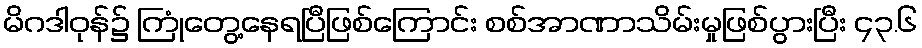
မိဂဒါဝုန်၌ ကြုံတွေ့နေရပြီဖြစ်ကြောင်း စစ်အာဏာသိမ်းမှုဖြစ်ပွားပြီး ၄၃.၆